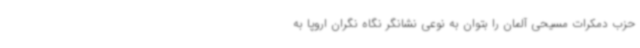
حزب دمکرات مسیحی آلمان را بتوان به نوعی نشانگر نگاه نگران اروپا به